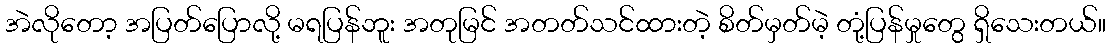
အဲလိုတော့ အပြတ်ပြောလို့ မရပြန်ဘူး အတုမြင် အတတ်သင်ထားတဲ့ စိတ်မှတ်မဲ့ တုံ့ပြန်မှုတွေ ရှိသေးတယ်။